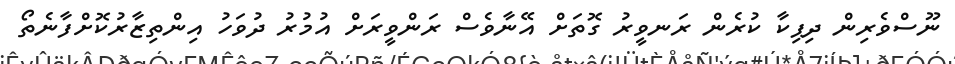
ނޫސްވެރިން ދިޕިކާ ކުރެން ރަނވީރު ގޮތަށް އޭނާވެސް ރަންވީރަށް އުމުރު ދުވަހު އިންތިޒާރުކޮށްފާނެތޯ